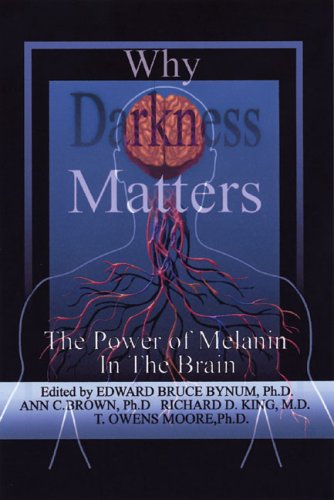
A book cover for Why Darkness Matters : The Power of Melanin In the Brain; Ann Brown PhD; Medical Books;